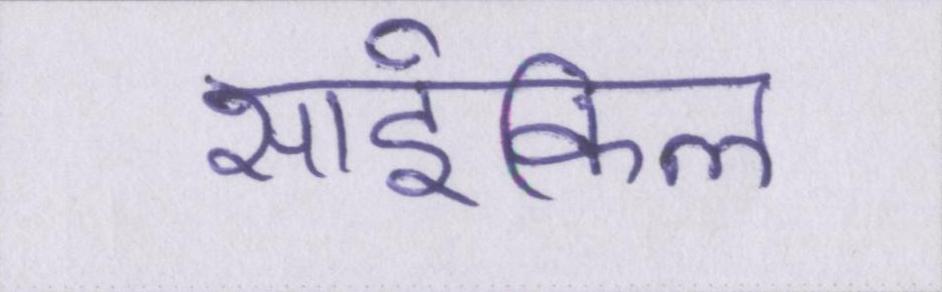
साईकिल